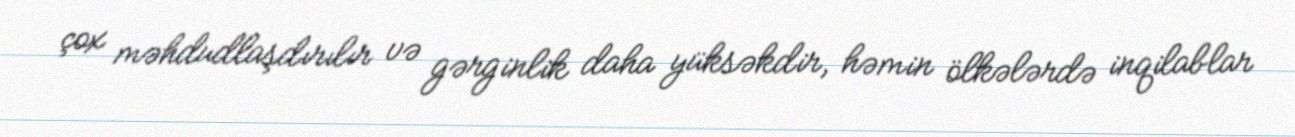
çox məhdudlaşdırılır və gərginlik daha yüksəkdir, həmin ölkələrdə inqilablar